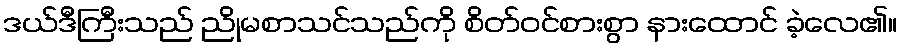
ဒယ်ဒီကြီးသည် ညိုမစာသင်သည်ကို စိတ်ဝင်စားစွာ နားထောင် ခဲ့လေ၏။